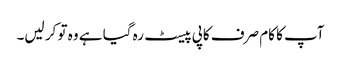
آپ کا کام صرف کاپی پیسٹ رہ گیا ہے وہ تو کر لیں۔